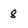
Character: 8